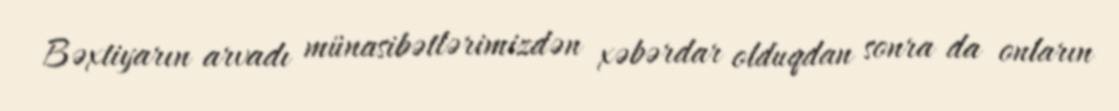
Bəxtiyarın arvadı münasibətlərimizdən xəbərdar olduqdan sonra da onların